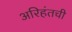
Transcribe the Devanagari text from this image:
अरिहंतची